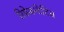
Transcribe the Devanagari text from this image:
रिप्रेजन्टेटिव